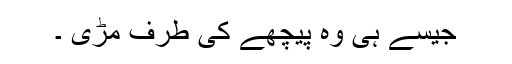
جیسے ہی وہ پیچھے کی طرف مڑی ۔